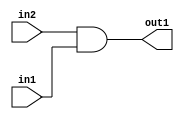
`timescale 1ps / 1ps
/*****************************************************************************
    Verilog RTL Description
    
    
    Created by: Stratus DpOpt 2019.1.01 
*******************************************************************************/

module cache_And_320Ux320U_320U_1 (
	in2,
	in1,
	out1
	); /* architecture "behavioural" */ 
input [319:0] in2,
	in1;
output [319:0] out1;
wire [319:0] asc001;

assign asc001 = 
	(in2)
	&(in1);

assign out1 = asc001;
endmodule

/* CADENCE  urn2TAo= : u9/ySgnWtBlWxVPRXgAZ4Og= ** DO NOT EDIT THIS LINE ******/